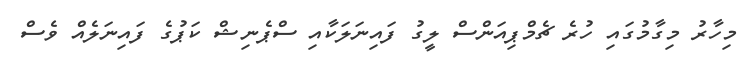
މިހާރު މިގާމުގައި ހުރެ ޗެމްޕިއަންސް ލީގު ފައިނަލަކާއި ސްޕެނިޝް ކަޕުގެ ފައިނަލެއް ވެސް